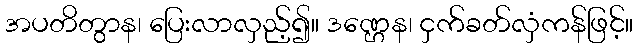
အပတိတွာန၊ ပြေးလာလှည့်၍။ ဒဏ္ဌေန၊ ငှက်ခတ်လှံကန်ဖြင့်။